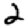
Digit: 2